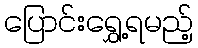
ပြောင်းရွှေ့ရမည့်